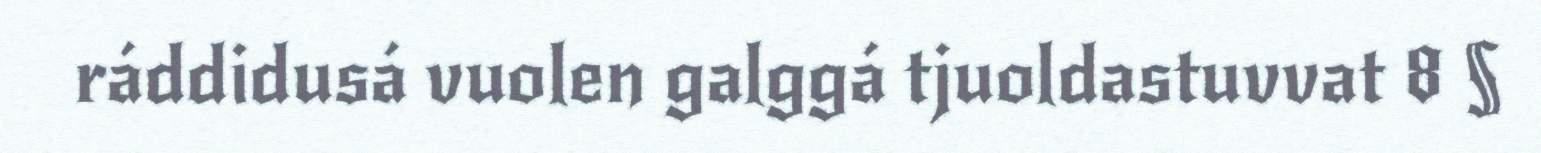
ráddidusá vuolen galggá tjuoldastuvvat 8 §